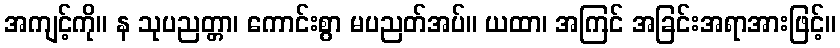
အကျင့်ကို။ န သုပညတ္တာ၊ ကောင်းစွာ မပညတ်အပ်။ ယထာ၊ အကြင် အခြင်းအရာအားဖြင့်။